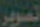
تصوير